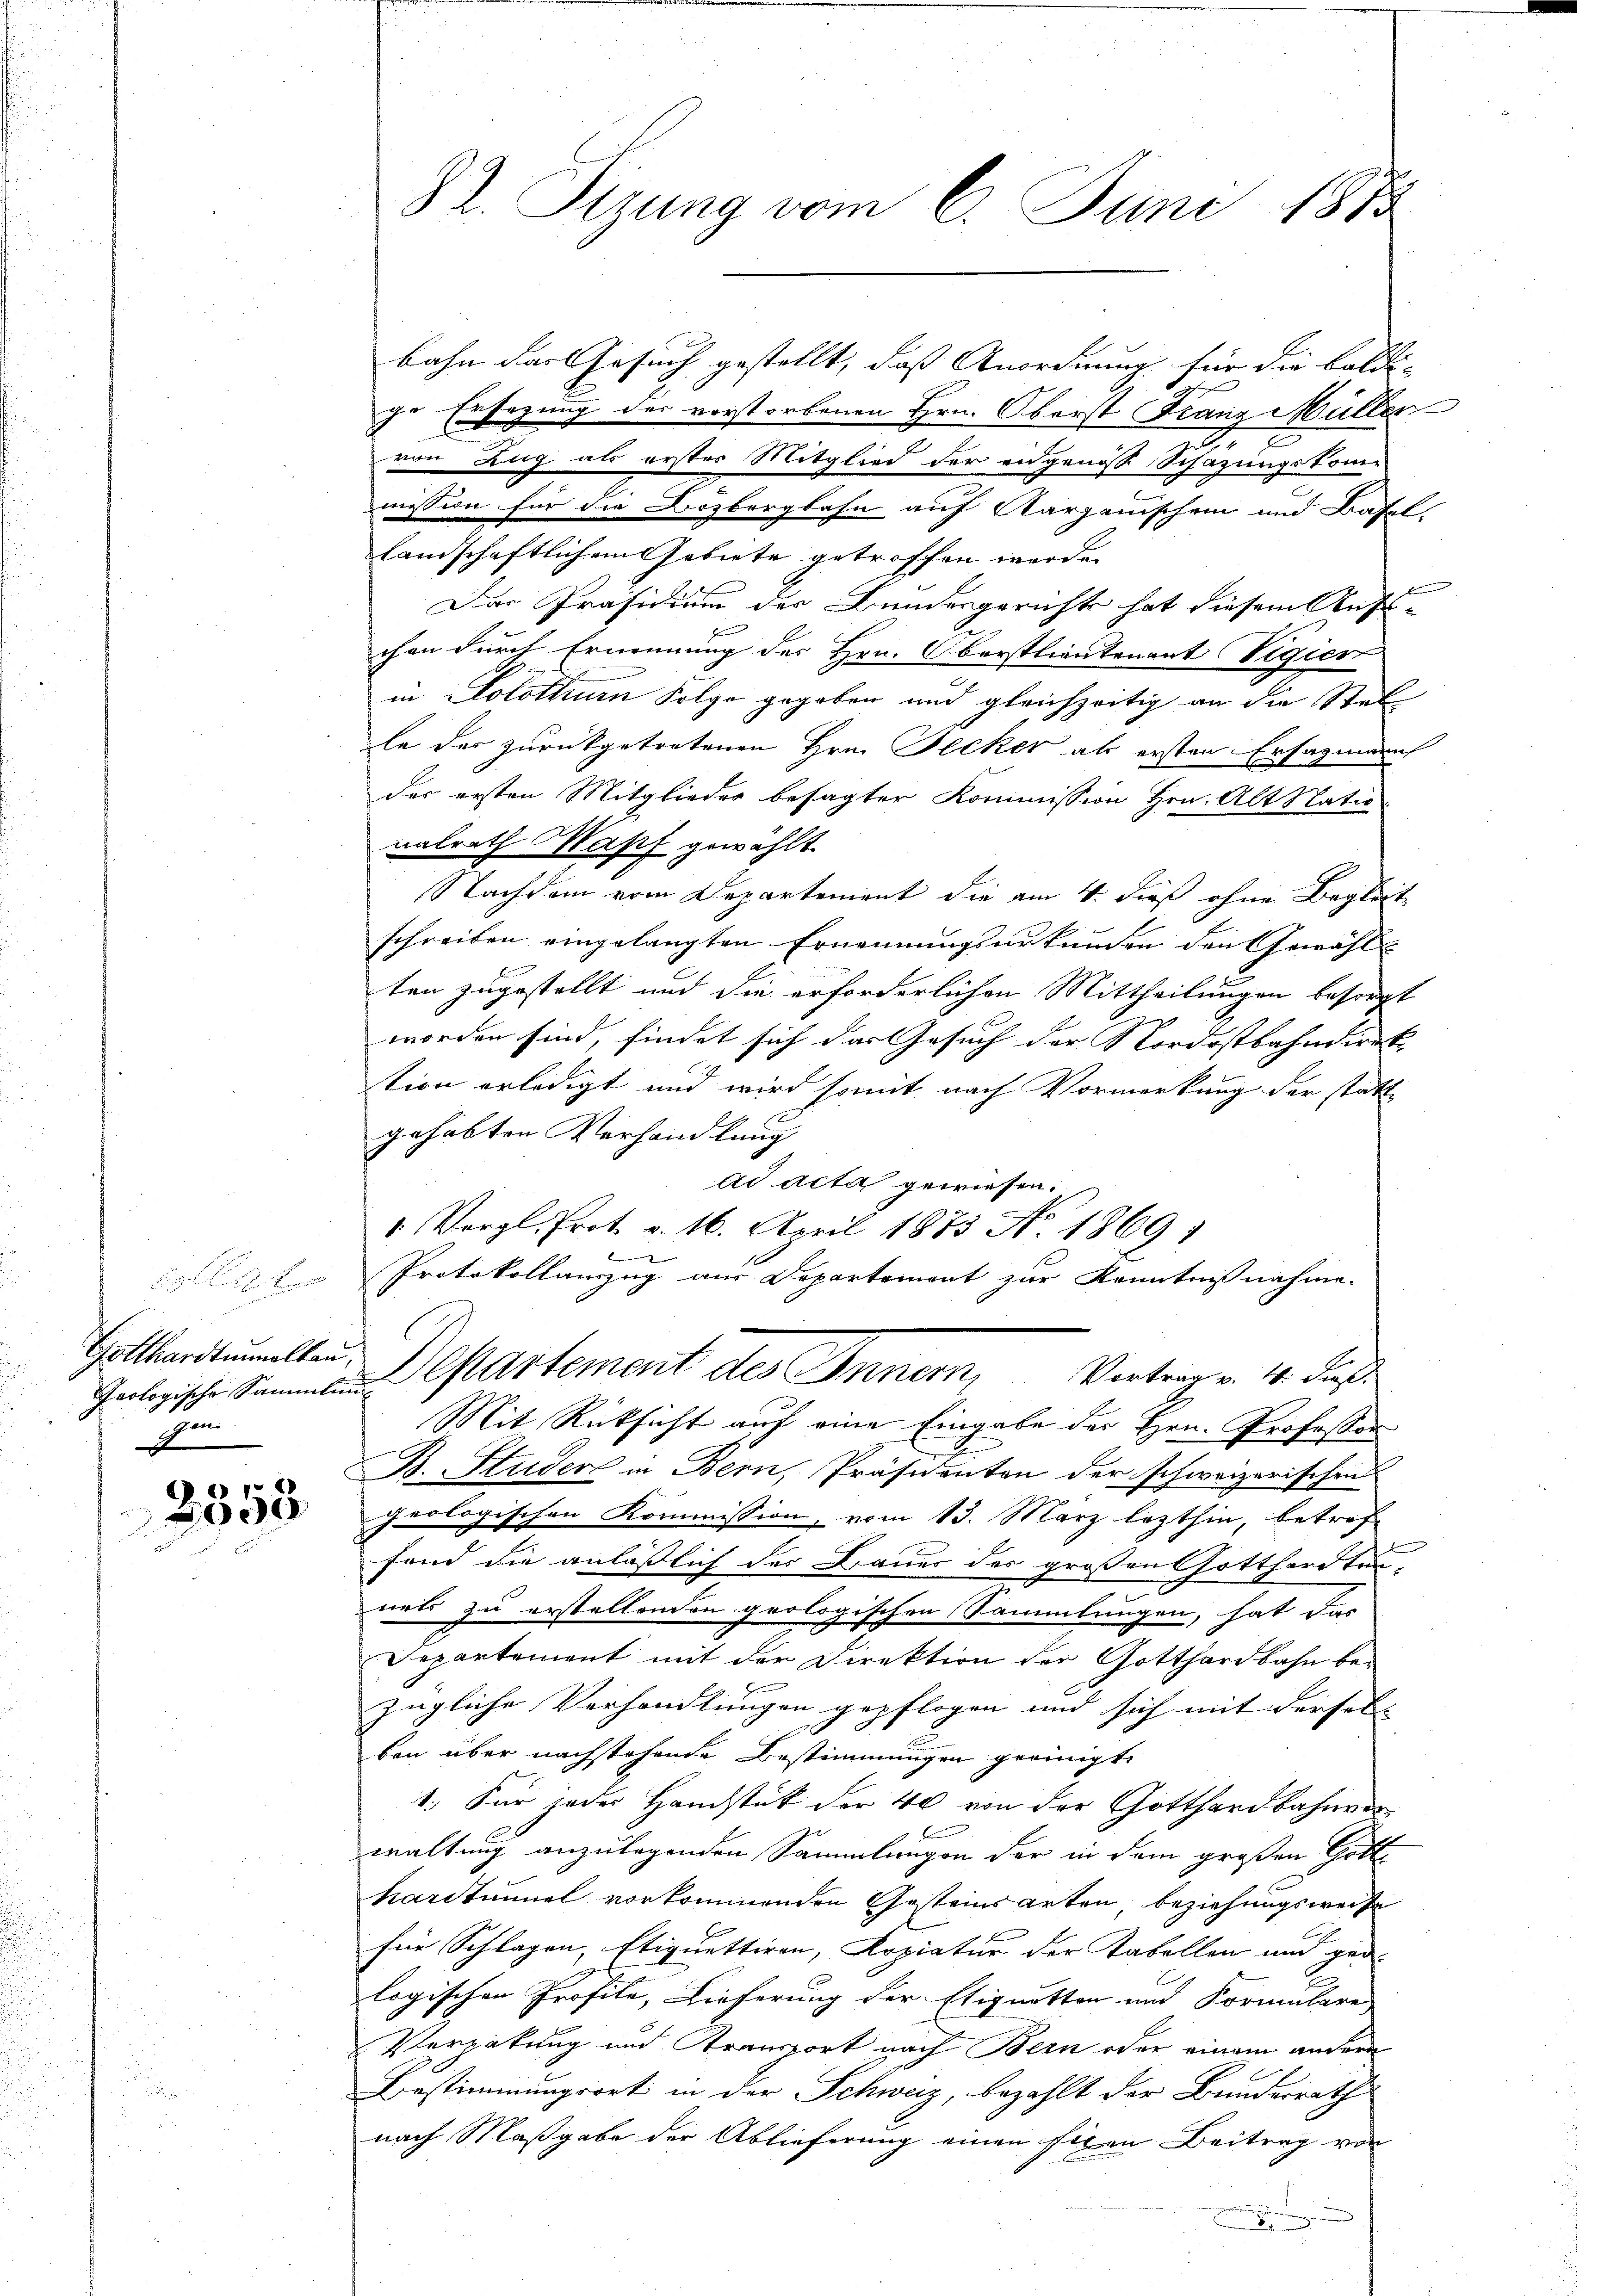
Gotthardtunnalkau,
gen
J

2358

82. Sizung vom 6. Juni 1873

bahn das Gesuch gestellt, dass Anordnung für die baldi- |
ge Ersezung des vorstorbenen Hrn. Oberst Franz Müller
von Zug als erster Mitglied der eidgenosse Schazungskomme
mission für die Bozbergbahn auf Aargauischen und Basel.
landschaftlichem Gebiete getroffen werde.
be
Das Präsidium der Bundesgerichts hat diesem Aufschen durch Ernennung des Hrn. Oberstlieutenant Vigier
in Solothur Folge gegeben und gleichzeitig an die Stel
le der zurückgetretenen Hrn. Becker als ersten Ersagmanch
der ersten Mitglieder besagter Kommission Hrn. Alt Natio
nalrath Wapf gewählt.
Nachdem vom Departement die am 4. dieß ohne Begleit
schreiben eingelangten Ernennungsurkunden den Gewähl
ten zugestellt und die erforderlichen Mittheilungen besorgt
worden sind, findet sich das Gesuch der Nordostbahndirek- |
tion erledigt und wird somit nach Vormerkung der statt
gehabten Verhandlung
ad acta gewiesen.
1. Vergl. Prot. v. 16. April 1873 No 1869;
b
Protokollauszug aus Departemont zur Kenntnißnahme.
Geologische sa partement des Innern, Vertrag v. 4. dieß
Mit Rücksicht auf eine Eingabe der Hrn. Professor
B. Studen in Bern, Präsidenten der schweizerischen
geologischen Kommission, vom 13. März lezthin, betrof
fend die anläßlich der Dauer des großen Gotthardten-
7.
nets zu erstellenden geologischen Sammlungen, hat das
Departement mit der Direktion der Gotthardbahn bezügliche Verhandlungen gepflogen und sich mit dersel- |
10
ben über nachstehende Bestimmungen geeinigt,
1. Für jeder Handstück der 40 von der Gotthardbahnverwaltung anzulegenden Sammlungen der in dem großen Gott
hardtunnel vorkommenden Gesteinsarten, beziehungsweise
für Splügen, Etiquettiren, Arziatur der Tabellen und ged
logischen Profile, Lieferung der Etiquetten und Formulare
Vergabung und Transport nach Bern oder einem andern
Bestimmungsort in der Schweiz, bezahlt der Bundesrath
nach Maßgabe der Ablieferung einen fixen Beitrag von
.